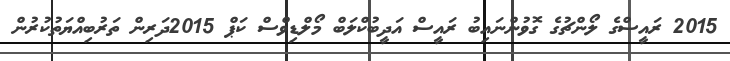
2015 ރައީސްގެ ލޯންޗުގެ ގޮވުންނައިބު ރައީސް އަދީބުކްލަބް މޯލްޑިވްސް ކަޕް 2015ދަރިން ތަރުބިއްޔަތުކުރުން